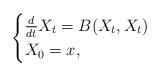
LaTeX: \begin{align*} \begin{cases}\frac{d}{dt} X_t = B(X_t,X_t) \\X_0 = x,\end{cases}\end{align*}